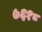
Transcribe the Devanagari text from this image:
७६१८